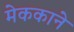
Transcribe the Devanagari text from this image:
मेककाने